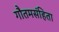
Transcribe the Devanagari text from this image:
गौतमसंहिता